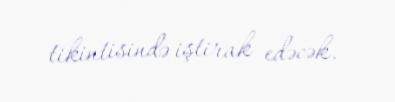
tikintisində iştirak edəcək.